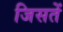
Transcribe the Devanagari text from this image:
जिसतें